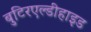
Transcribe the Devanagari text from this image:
बुटिरएल्डीहाइड